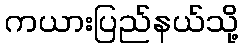
ကယားပြည်နယ်သို့